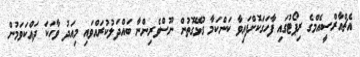
އެޗްއާރްސީއެމްގެ ރިޕޯޓުގައި ފާހަގަކޮށްފައިވާ ކަންކަމާ ގުޅޭގޮތުން ނޫސްވެރިންނާ ބައްދަލުކުރައްވައި މިއަދު ވާހަކަ ދައްކަވަމުން